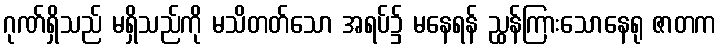
ဂုဏ်ရှိသည် မရှိသည်ကို မသိတတ်သော အရပ်၌ မနေရန် ညွှန်ကြားသောနေရု ဇာတက